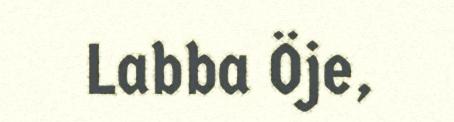
Labba Öje,